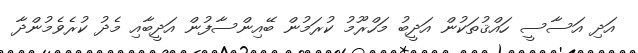
އަދި އަސާސީ ހައްޤުތަކުން އަދީބު މަހްރޫމު ކުރަމުން ބޭއިންސާފުން އަދީބާއި މެދު ކުރެވެމުންދާ